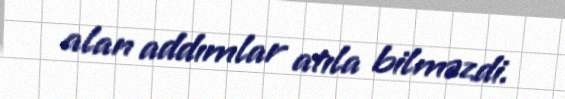
alan addımlar atıla bilməzdi.